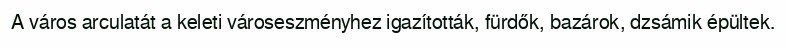
A város arculatát a keleti városeszményhez igazították, fürdők, bazárok, dzsámik épültek.